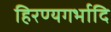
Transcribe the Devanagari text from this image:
हिरण्यगर्भादि